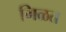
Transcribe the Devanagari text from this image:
गिळत